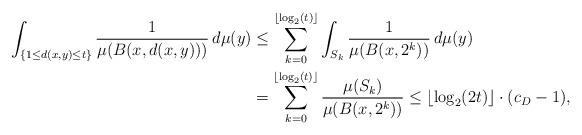
LaTeX: \begin{align*} \int_{\{1 \leq d(x,y) \leq t\}} \frac{1}{\mu (B(x,d(x,y))) } \, d \mu(y) & \leq \sum_{k=0}^ {\lfloor \log_2(t) \rfloor} \int_{S_k} \frac 1{\mu (B(x,2^k))} \, d \mu(y) \\ &= \sum_{k=0}^ {\lfloor \log_2(t) \rfloor} \frac {\mu(S_k)}{\mu (B(x,2^k))} \leq\lfloor \log_2(2t) \rfloor \cdot (c_D-1),\end{align*}